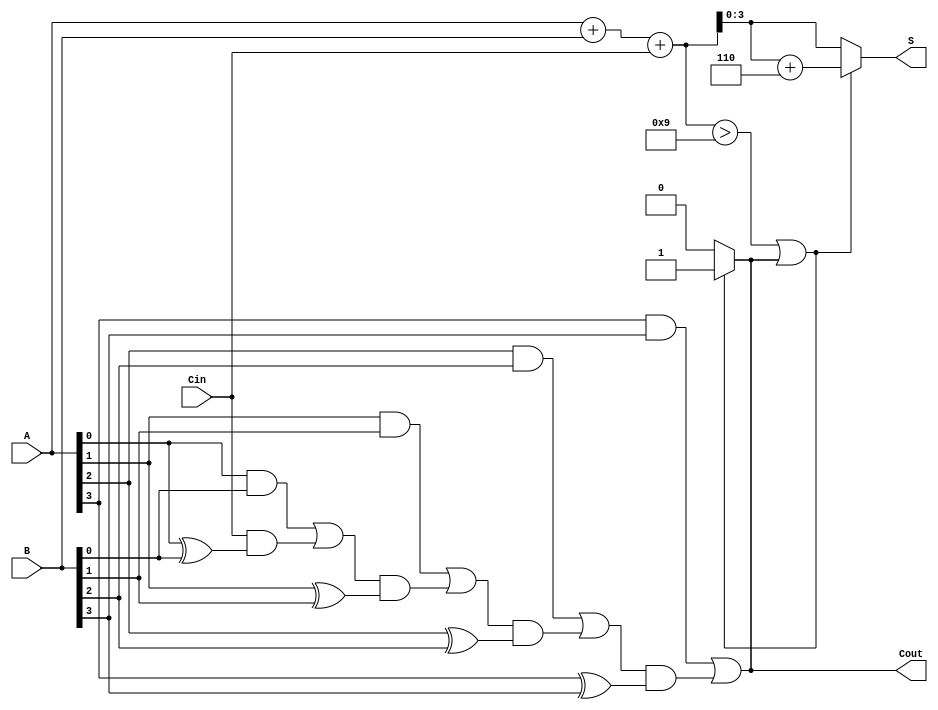
module BCD_Carry_Lookahead_Adder (
    input [3:0] A,    // First BCD digit
    input [3:0] B,    // Second BCD digit
    input Cin,        // Carry input
    output reg [3:0] S, // BCD sum output
    output reg Cout    // Carry output
);

    wire [4:0] sum;   // Intermediate sum (5 bits to accommodate carry)
    wire [4:0] carry; // Intermediate carry signals

    // Step 1: Initial binary addition
    assign sum = A + B + Cin;

    // Step 2: Carry generation using carry lookahead logic
    assign carry[0] = (A[0] & B[0]) | (Cin & (A[0] ^ B[0]));
    assign carry[1] = (A[1] & B[1]) | (carry[0] & (A[1] ^ B[1]));
    assign carry[2] = (A[2] & B[2]) | (carry[1] & (A[2] ^ B[2]));
    assign carry[3] = (A[3] & B[3]) | (carry[2] & (A[3] ^ B[3]));
    assign Cout = carry[3];

    // Step 3: BCD correction
    always @(*) begin
        if (sum > 9 || Cout) begin
            S = sum + 6; // BCD correction
            Cout = 1;    // Set Cout if correction is needed
        end else begin
            S = sum[3:0]; // No correction needed
            Cout = 0;     // No carry out
        end
    end

endmodule